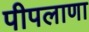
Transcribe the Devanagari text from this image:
पीपलाणा